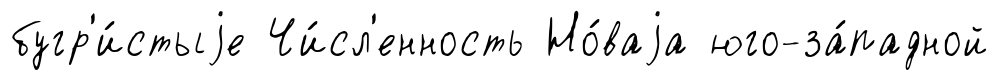
бугр'и́стыjе Чи́сл'енность Но́ваjа юго-за́падной